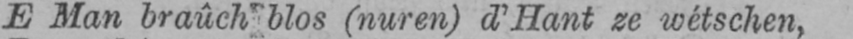
E Man braûch blos (nuren) d’Hant ze wétschen,